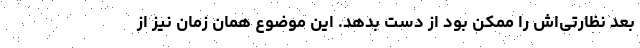
بُعد نظارتی‌اش را ممکن بود از دست بدهد. این موضوع همان زمان نیز از